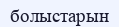
болыстарын